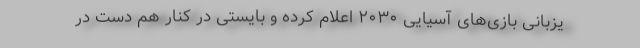
یزبانی بازی‌های آسیایی ۲۰۳۰ اعلام کرده و بایستی در کنار هم دست در